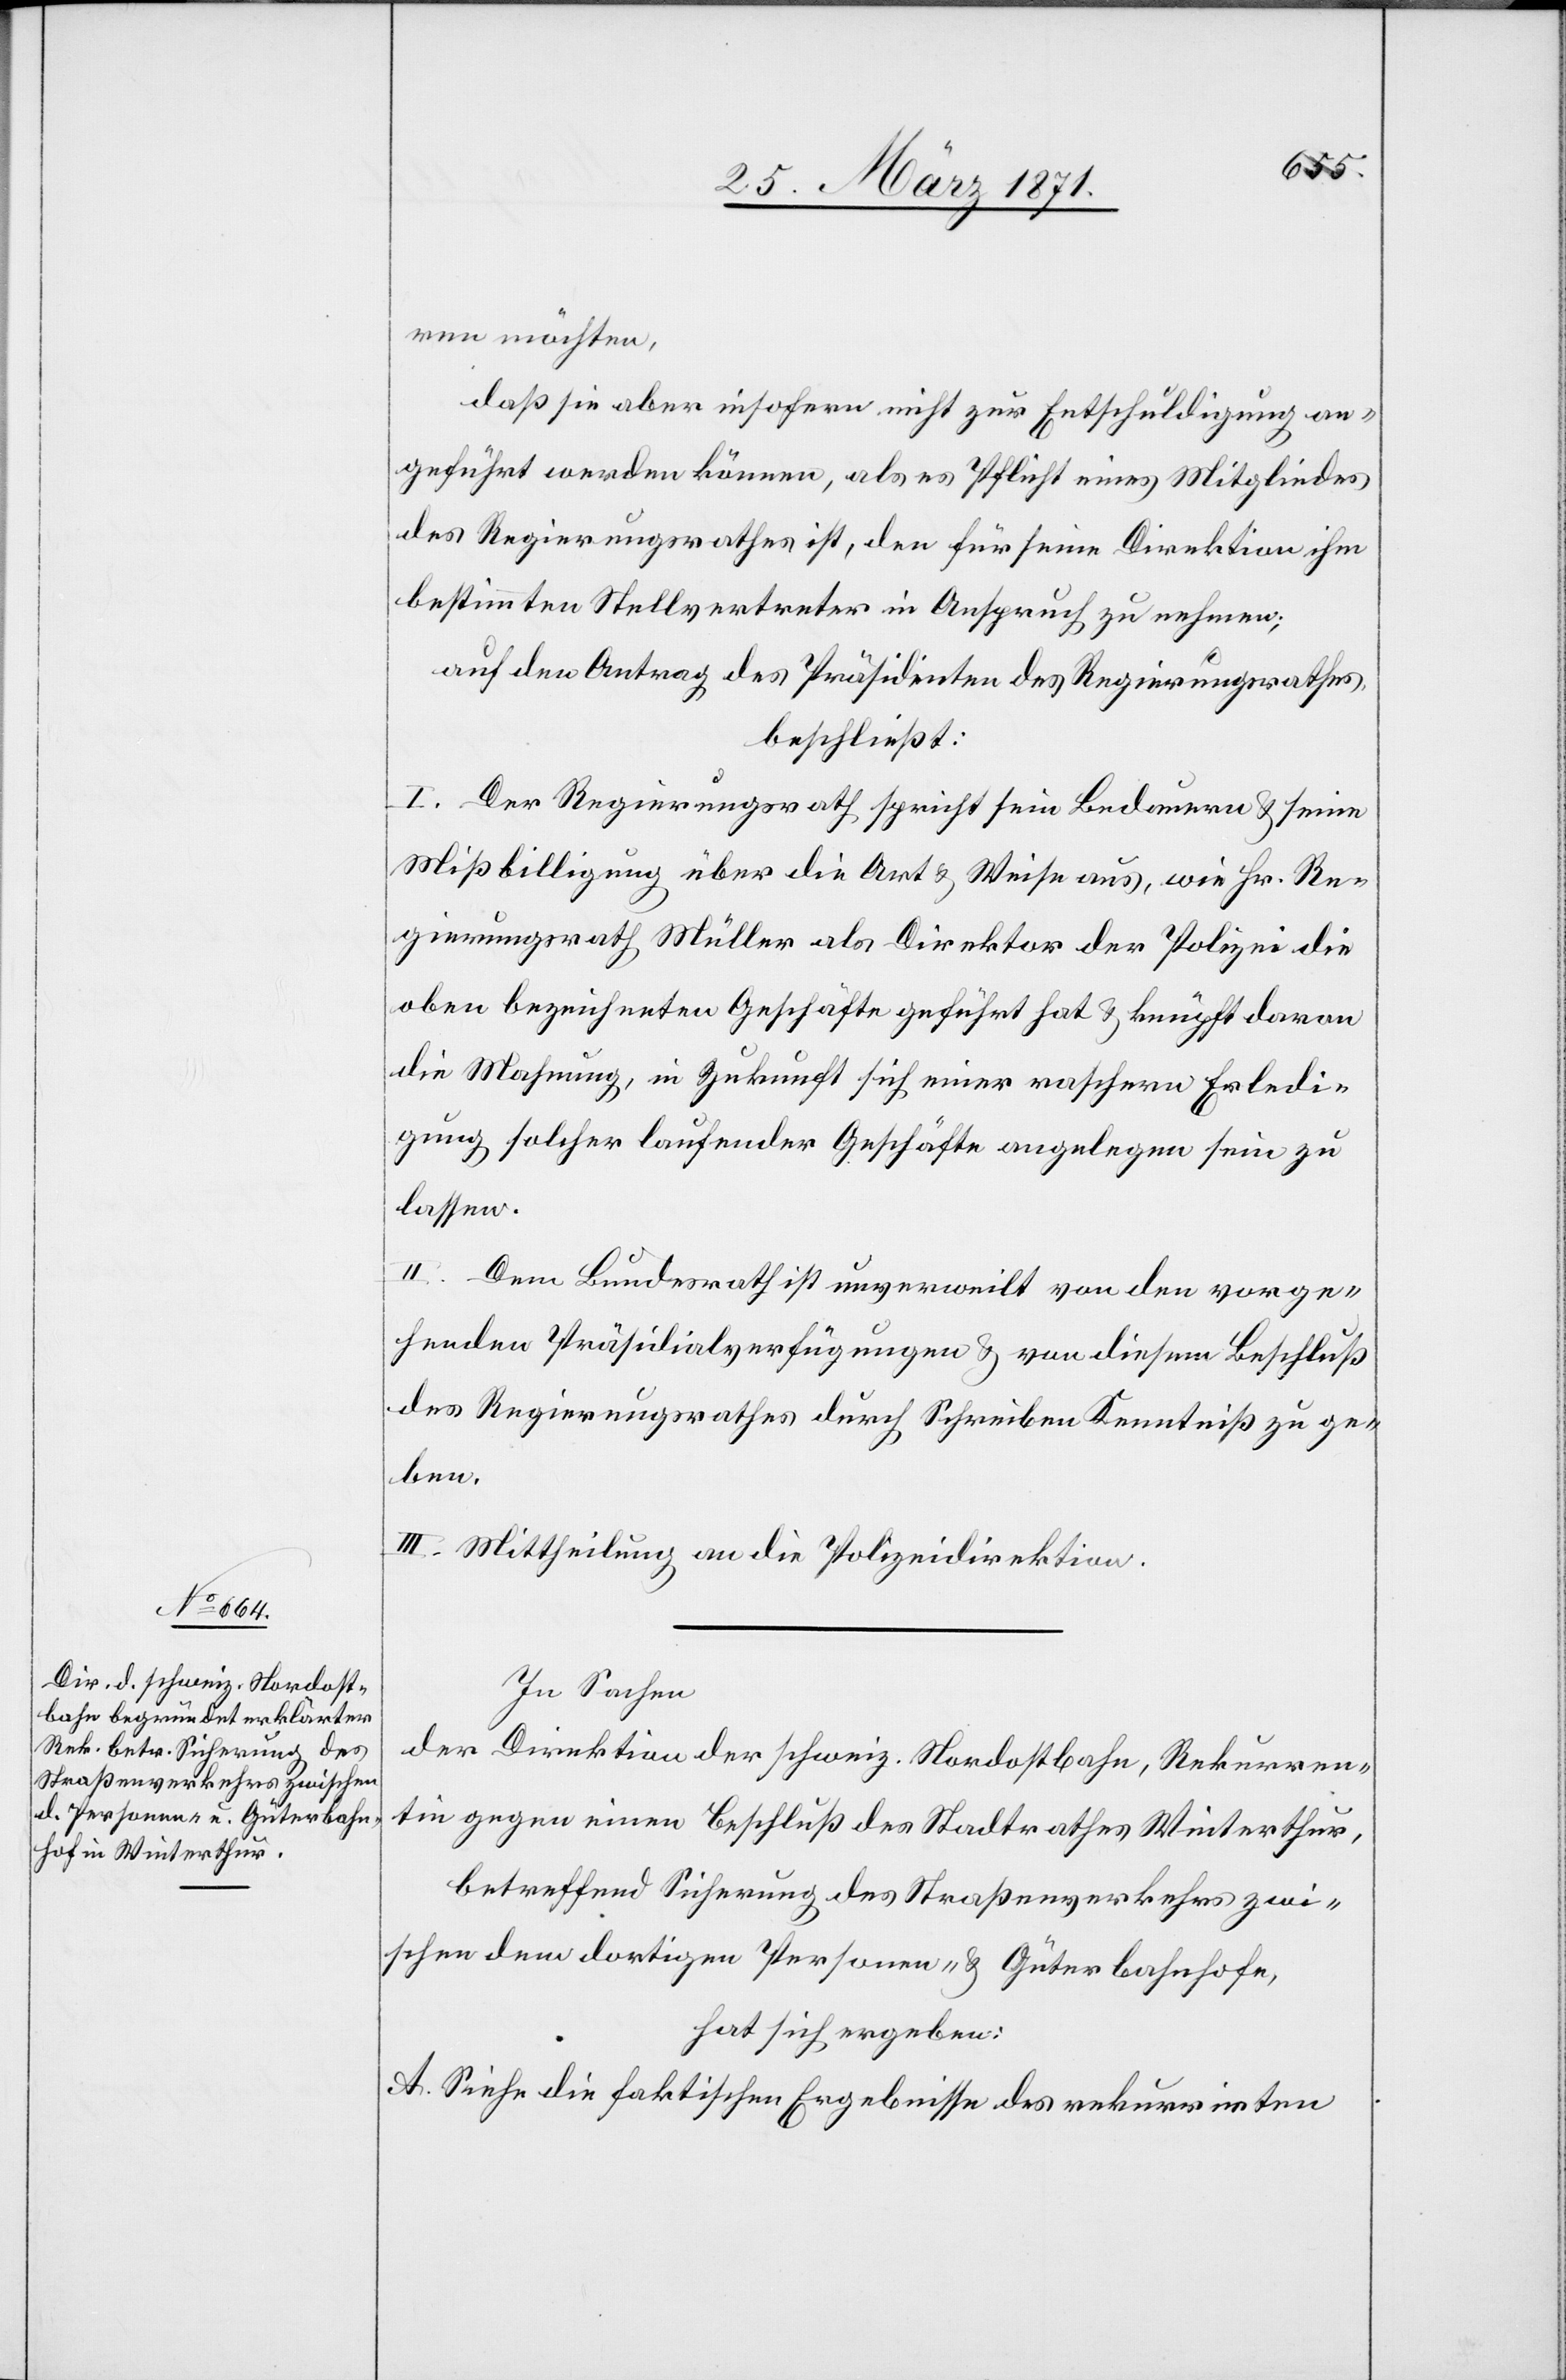
ren möchten,
daß sie aber insofern nicht zur Entschuldigung an¬
geführt werden können, als es Pflicht eines Mitgliedes
des Regierungsrathes ist, den für seine Direktion ihm
bestimmten Stellvertreter in Anspruch zu nehmen;
auf den Antrag des Präsidenten des Regierungsrathes,
beschließt:
I. Der Regierungsrath spricht sein Bedauern u. seine
Mißbilligung über die Art u. Weise aus, wie Hr. Re¬
gierungsrath Müller als Direktor der Polizei die
oben bezeichneten Geschäfte geführt hat u. knüpft daran
die Mahnung, in Zukunft sich einer raschern Erledi¬
gung solcher laufender Geschäfte angelegen sein zu
lassen.
II. Dem Bundesrath ist unverweilt von den vorge¬
henden Präsidialverfügungen u. von diesem Beschluß
des Regierungsrathes durch Schreiben Kenntniß zu ge¬
ben.
III: Mittheilung an die Polizeidirektion.
In Sachen
der Direktion der schweiz. Nordostbahn, Rekurren¬
tin gegen einen Beschluß des Statthalteramtes Winterthur,
betreffend Sicherung des Straßenverkehrs zwi¬
schen dem dortigen Personen- u. Güterbahnhofe,
hat sich ergeben:
A. Siehe die faktischen Ergebnisse des rekurrirten